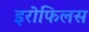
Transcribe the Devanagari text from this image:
इरोफिलस